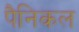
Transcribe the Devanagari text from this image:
पैनिकल